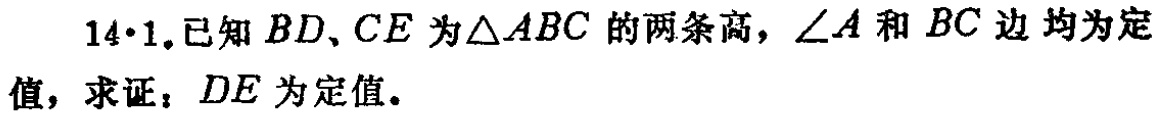
14·1.已知 \(BD、CE\) 为\(\triangle ABC\) 的两条高，\(\angle A\) 和 \(BC\) 边均为定值，求证：\(DE\) 为定值。